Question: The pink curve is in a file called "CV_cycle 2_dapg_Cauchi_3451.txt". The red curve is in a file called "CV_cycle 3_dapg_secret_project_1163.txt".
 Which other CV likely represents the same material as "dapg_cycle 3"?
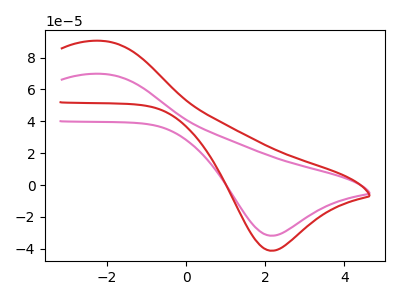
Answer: <think>The pink curve "dapg_cycle 2" has an anodic peak at (-2.10V, 69.80uA) and a cathodic peak at (2.15V, -31.80uA). The red curve "dapg_cycle 3" has an anodic peak at (-2.10V, 90.50uA) and a cathodic peak at (2.15V, -41.25uA).
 All the peaks in "dapg_cycle 2" have a peak in "dapg_cycle 3" at the same potential. Every peak in "dapg_cycle 2" is lower than every peak in "dapg_cycle 3".</think>
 <answer>The CV with the most similar shape to "dapg_cycle 2" is "dapg_cycle 3".</answer>
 <eval>"dapg_cycle 3"</eval>